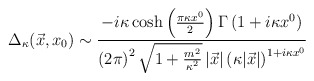
\begin{align*}\Delta_{\kappa}(\vec{x},x_{0}) \sim{-i\kappa \cosh \left( {\pi \kappa x^{0} \over 2}\right) \Gamma \left( 1 + i \kappa x^{0}\right) \over\left(2\pi\right)^{2} \sqrt{1 + {m^{2}\over \kappa^{2}} }\,|\vec{x}| \left( \kappa | \vec{x}|\right)^{1+ i \kappa x^{0} } }\end{align*}